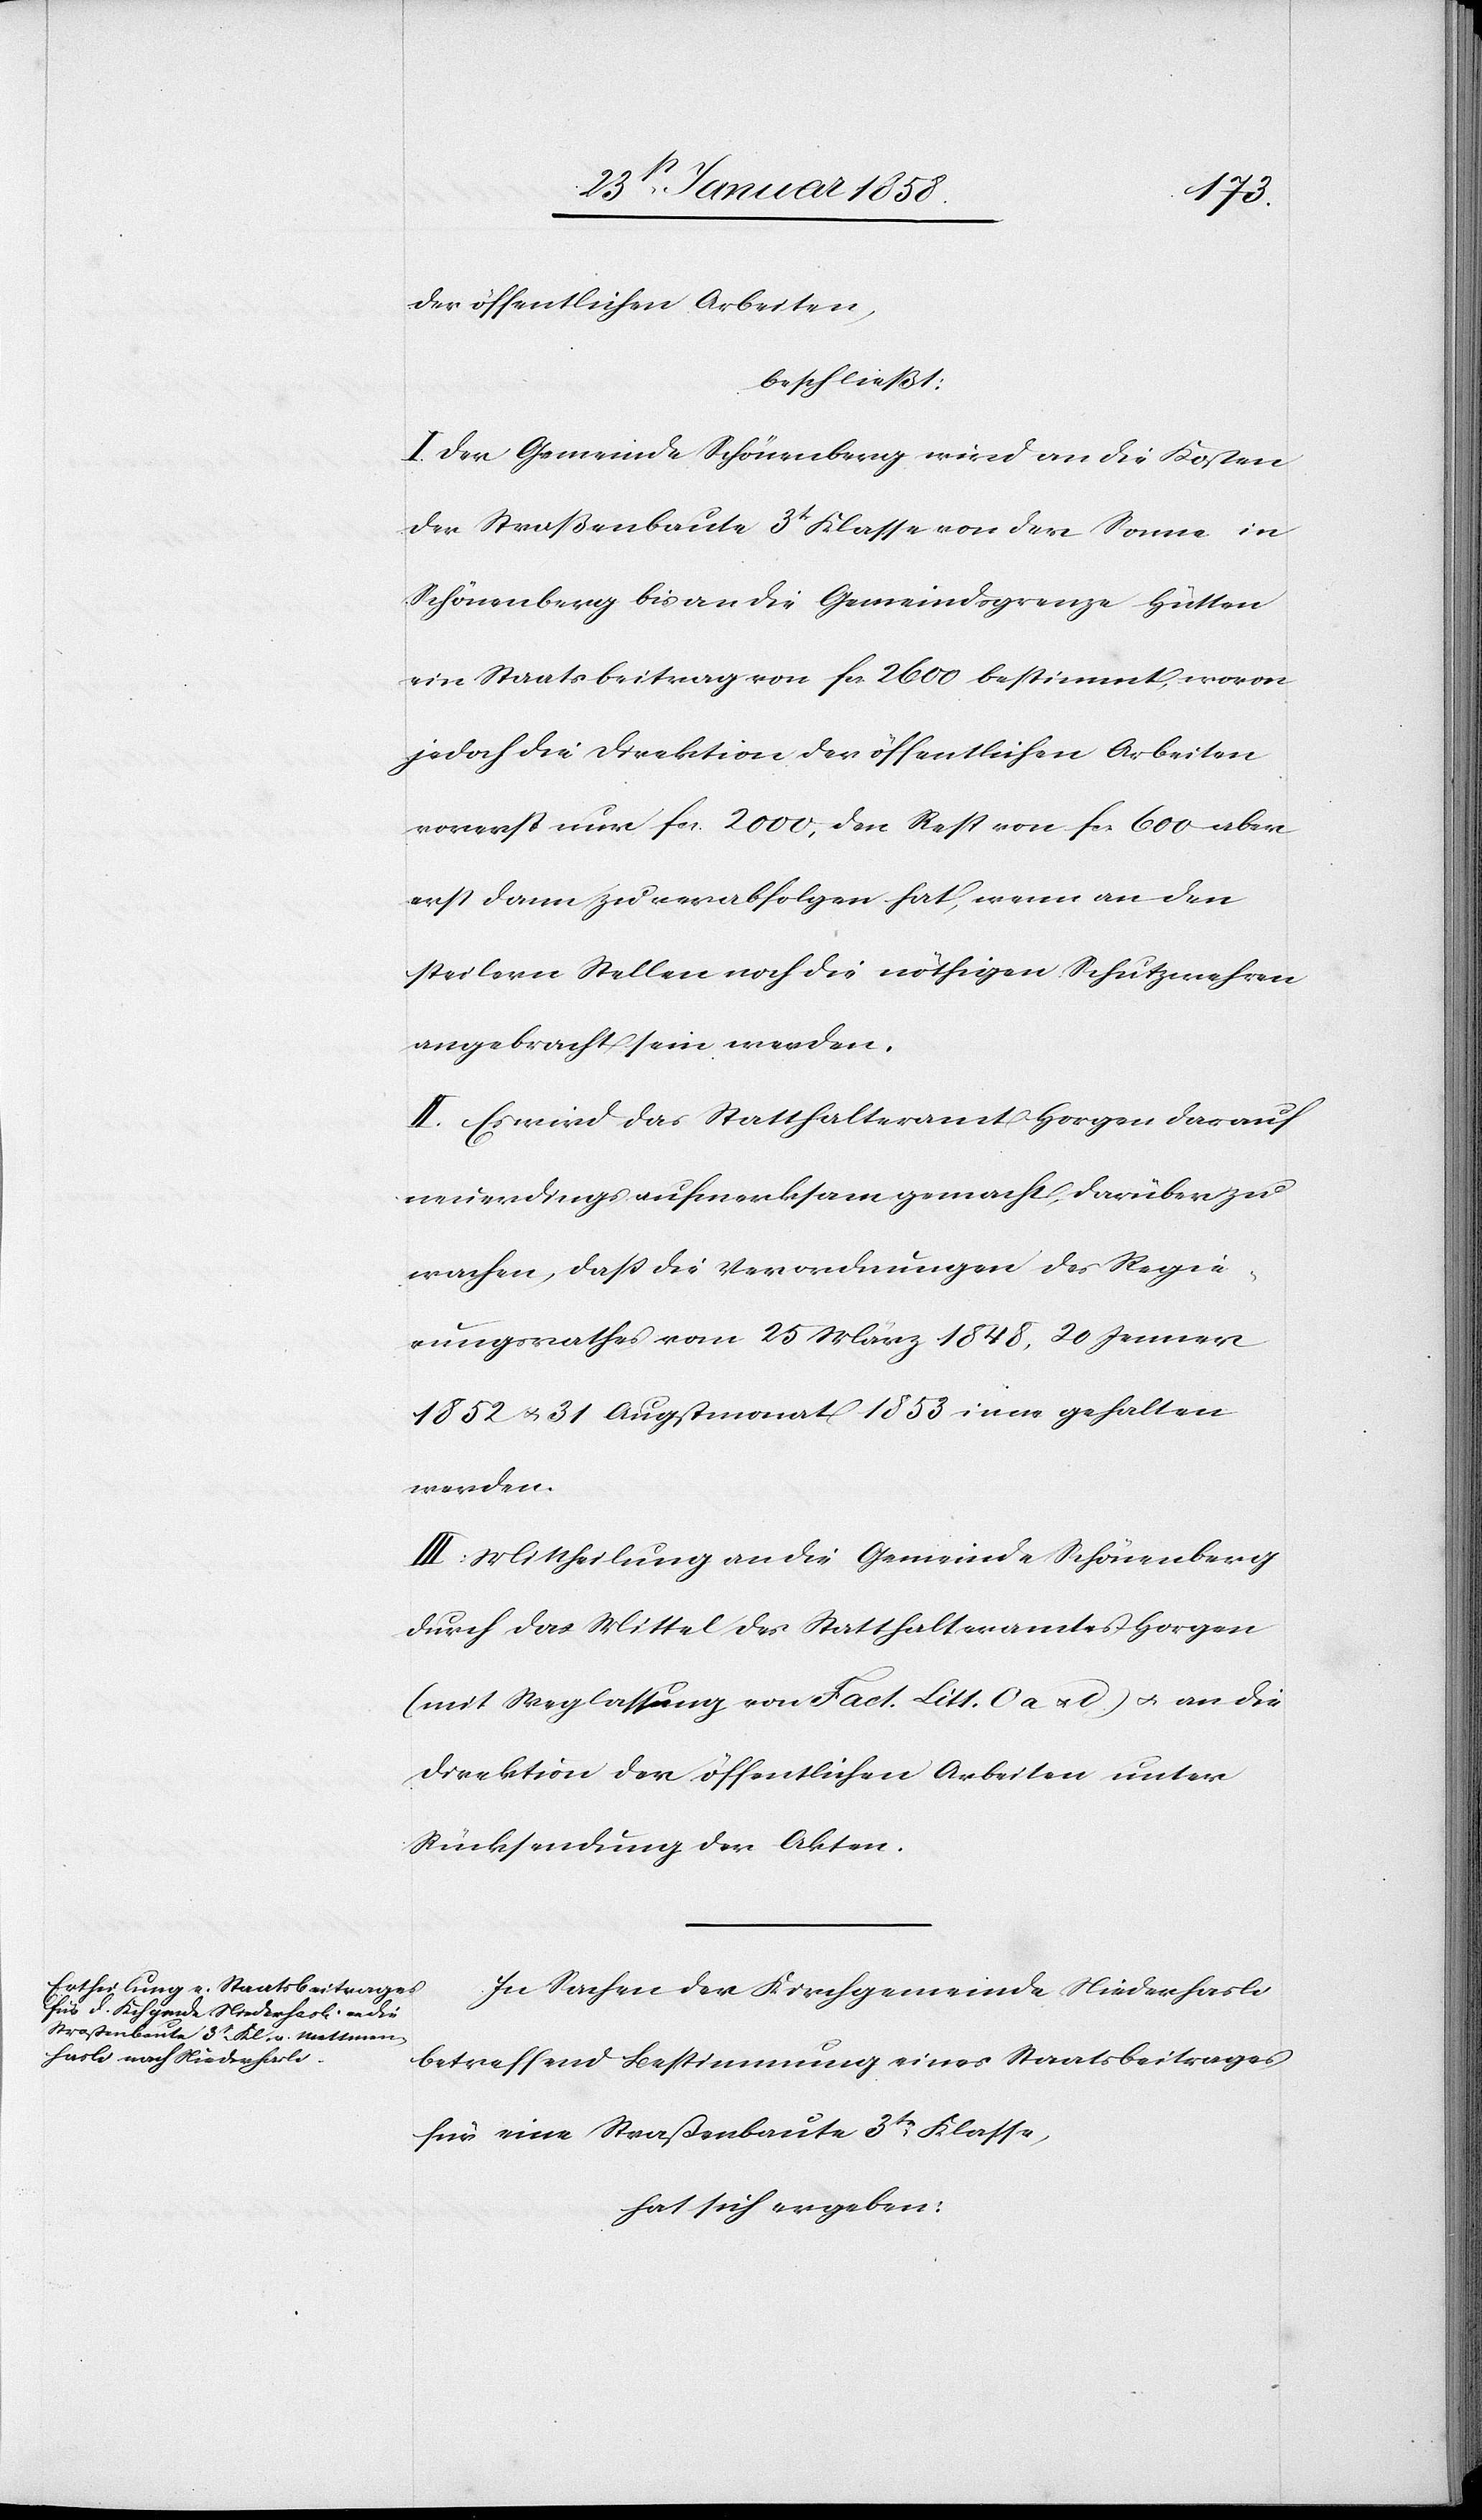
der öffentlichen Arbeiten,
beschließt:
I. Der Gemeinde Schönenberg wird an die Kosten
der Straßenbaute 3t Klasse von der Sonne in
Schönenberg bis an die Gemeindsgrenze Hütten
ein Staatsbeitrag von fcs. 2600 bestimmt, wovon
jedoch die Direktion der öffentlichen Arbeiten
vorerst nur fcs. 2000, den Rest von fcs. 600 aber
erst dann zu verabfolgen hat, wenn an den
steilern Stellen noch die nöthigen Schutzwehren
angebracht sein werden.
II. Es wird das Statthalteramt Horgen darauf
neuerdings aufmerksam gemacht, darüber zu
wachen, daß die Verordnungen des Regie¬
rungsrathes vom 25 März 1848, 20 Jenner
1852 u. 31 Augstmonat 1853 inne gehalten
werden.
III. Mittheilung an die Gemeinde Schönenberg
durch das Mittel des Statthalteramtes Horgen
(mit Weglassung von Fact. Litt. O a u. d) u. an die
Direktion der öffentlichen Arbeiten unter
Rücksendung der Akten.
In Sachen der Kirchgemeinde Niederhasli
betreffend Bestimmung eines Staatsbeitrages
für eine Straßenbaute 3tr Klasse,
hat sich ergeben: